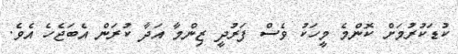
ކުޑަކުރުމަށް ކޮންމެ މީހަކު ވެސް ފަރުދީ ޒިންމާ އަދާ ކުރަން އެބަޖެހެ އެވެ.